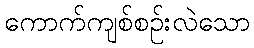
ကောက်ကျစ်စဉ်းလဲသော